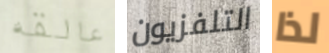
عالقه التلفزيون لذا